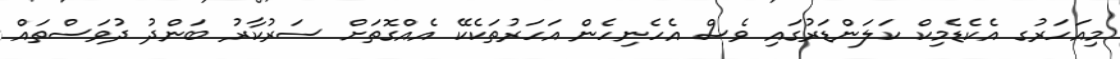
މިއަހަރުގ އެކެޑެމިކް ކަލަންޑަރުގައި ވެސް އެހެނިހެން އަހަރުތަކެކޭ އެއްގޮތަށް ސަރުކާރު ބަންދު ދުވަސްތައް